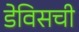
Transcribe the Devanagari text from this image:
डेविसची